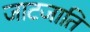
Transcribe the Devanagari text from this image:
जाटजाति